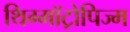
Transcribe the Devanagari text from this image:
थिग्मॉट्रोपिज्म